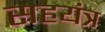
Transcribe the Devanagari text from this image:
सहयंत्र